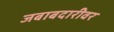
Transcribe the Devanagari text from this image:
जबाबदारीवर